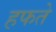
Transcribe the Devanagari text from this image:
हफते